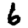
Digit: 6